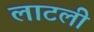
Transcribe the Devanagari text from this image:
लाटली